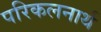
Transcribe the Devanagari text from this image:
परिकलनार्थ